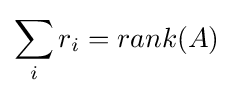
\sum _{i}r_{i}=rank(A)